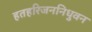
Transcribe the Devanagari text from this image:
हतहरिजननिधुवन